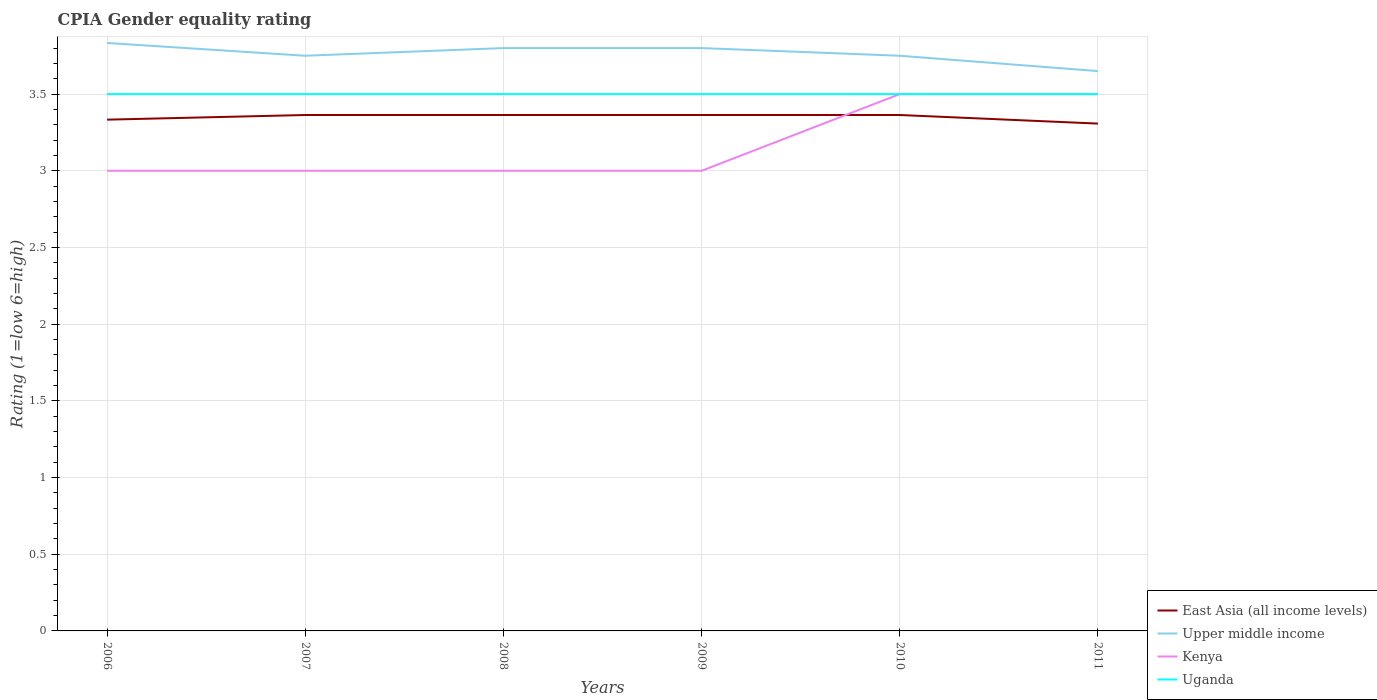
| Years | East Asia (all income levels) | Upper middle income | Kenya | Uganda |
 | --- | --- | --- | --- | --- |
 | 2006 | 3.33 | 3.83 | 3 | 3.5 |
 | 2007 | 3.36 | 3.75 | 3 | 3.5 |
 | 2008 | 3.36 | 3.8 | 3 | 3.5 |
 | 2009 | 3.36 | 3.8 | 3 | 3.5 |
 | 2010 | 3.36 | 3.75 | 3.5 | 3.5 |
 | 2011 | 3.31 | 3.65 | 3.5 | 3.5 |